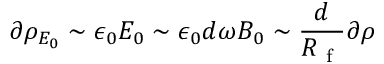
\partial \rho _ { E _ { 0 } } \sim \epsilon _ { 0 } E _ { 0 } \sim \epsilon _ { 0 } d \omega B _ { 0 } \sim \frac { d } { R _ { \mathrm { ~ f ~ } } } \partial \rho